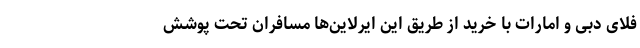
فلای دبی و امارات با خرید از طریق این ایرلاین‌ها مسافران تحت پوشش